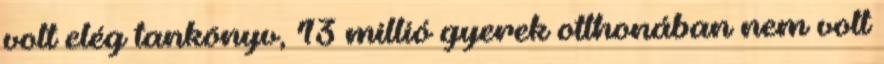
volt elég tankönyv, 13 millió gyerek otthonában nem volt